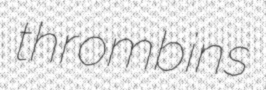
thrombins